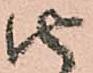
由